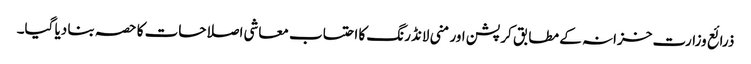
ذرائع وزارت خزانہ کے مطابق کرپشن اور منی لانڈرنگ کا احتساب معاشی اصلاحات کا حصہ بنا دیا گیا۔